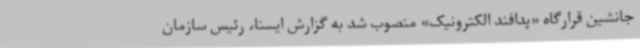
جانشین قرارگاه «پدافند الکترونیک» منصوب شد به گزارش ایسنا، رئیس سازمان